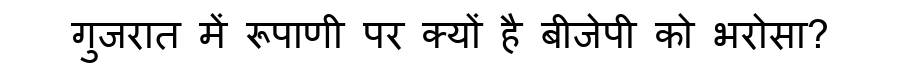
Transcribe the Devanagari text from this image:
गुजरात में रूपाणी पर क्यों है बीजेपी को भरोसा?